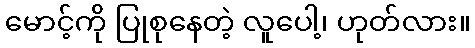
မောင့်ကို ပြုစုနေတဲ့ လူပေါ့၊ ဟုတ်လား။